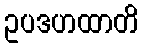
ဥပဒဟထာတိ